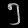
Digit: ၅